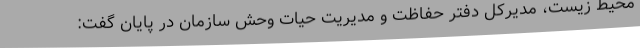
محیط زیست، مدیرکل دفتر حفاظت و مدیریت حیات وحش سازمان در پایان گفت: